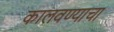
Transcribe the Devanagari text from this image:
कालवण्याचा